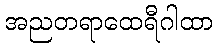
အညတရာထေရီဂါထာ